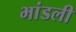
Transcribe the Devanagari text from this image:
भांडली